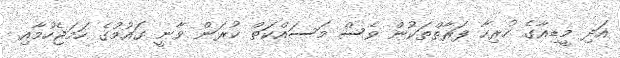
އަދި މީޑިއާގެ ހުރިހާ ފަރާތްތަކުން ވެސް މަސައްކަތް ކުރަން ވާނީ ގައުމުގެ ހަމަޖެހުމާއި